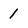
Character: 1